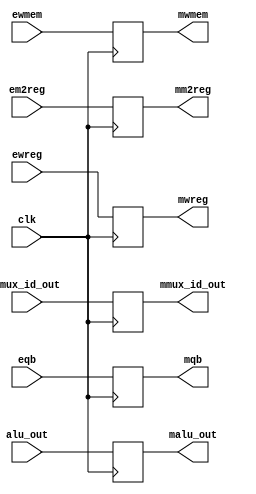
`timescale 1ns / 1ps
//////////////////////////////////////////////////////////////////////////////////
// Company: 
// Engineer: 
// 
// Design Name: junwoo seo
// Module Name: EXEMEM
// Project Name: mips
// Target Devices: 
// Tool Versions: 
// Description: 
// 
// Dependencies: 
// 
// Revision:
// Revision 0.01 - File Created
// Additional Comments:
// 
//////////////////////////////////////////////////////////////////////////////////


module EXEMEM(
    input clk,
    input ewreg,em2reg,ewmem,
    input [4:0] emux_id_out,
    input [31:0] alu_out,
    input [31:0] eqb,
    output reg mwreg,mm2reg,mwmem,
    output reg [4:0] mmux_id_out,
    output reg [31:0] malu_out,
    output reg [31:0] mqb
    );
    
    always@(posedge clk)
    begin
    mwreg <= ewreg;
    mm2reg <= em2reg;
    mwmem <= ewmem;
    mmux_id_out <= emux_id_out;
    malu_out <= alu_out;
    mqb <= eqb;
    end
endmodule